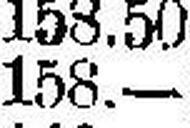
158.—